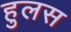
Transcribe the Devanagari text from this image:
हुलस